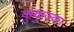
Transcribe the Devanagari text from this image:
कुकुज्का